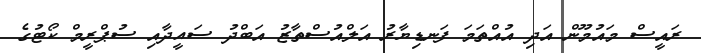
ރައީސް މައުމޫން އަދި އުއްތަމަ ފަނޑިޔާރު އަލްއުސްތާޒު އަބްދު ސައީދާއި ސުޕްރީމް ކޯޓުގެ